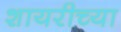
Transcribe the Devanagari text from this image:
शायरीच्या